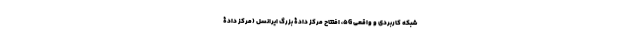
شبکه کاربردی و واقعی 5G، افتتاح مرکز دادۀ بزرگ ایرانسل (مرکز دادۀ